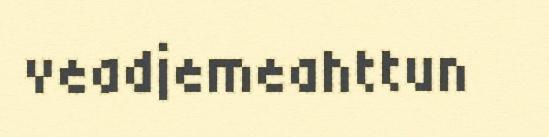
veadjemeahttun